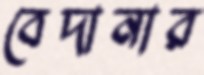
বেদানার